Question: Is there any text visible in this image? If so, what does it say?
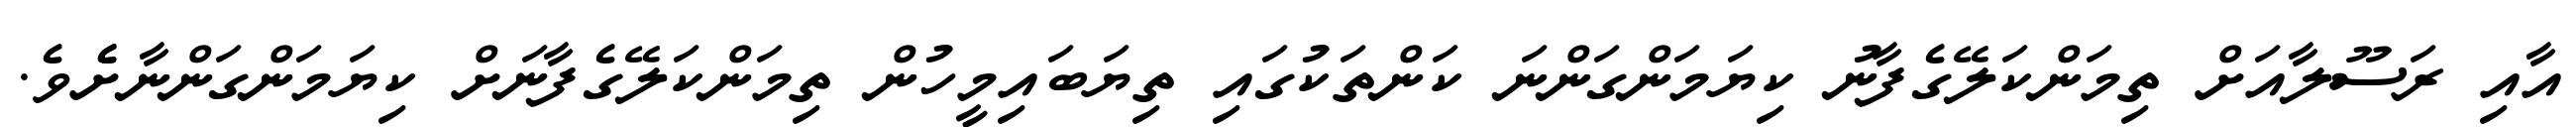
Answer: އާއި ރަސޫލާއަށް ތިމަންކަލޭގެފާނު ކިޔަމަންގަންނަ ކަންތަކުގައި ތިޔަބައިމީހުން ތިމަންކަލޭގެފާނަށް ކިޔަމަންގަންނާށެެވެ.